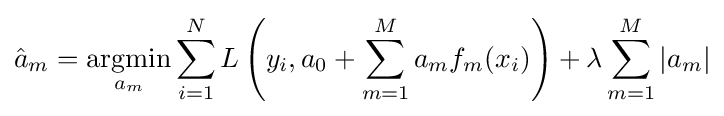
{\hat {a}}_{m}={\underset {a_{m}}{\operatorname {argmin} }}\sum _{i=1}^{N}L\left(y_{i},a_{0}+\sum _{m=1}^{M}a_{m}f_{m}(x_{i})\right)+\lambda \sum _{m=1}^{M}|a_{m}|